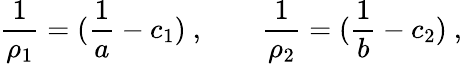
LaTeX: \frac{1}{\rho_{1}}=(\frac{1}{a}-c_{1})\ ,\qquad\frac{1}{\rho_{2}}=(\frac{1}{b}-c_{2})\ ,